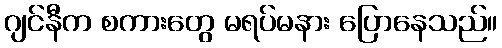
ဂျင်နီက စကားတွေ မရပ်မနား ပြောနေသည်။